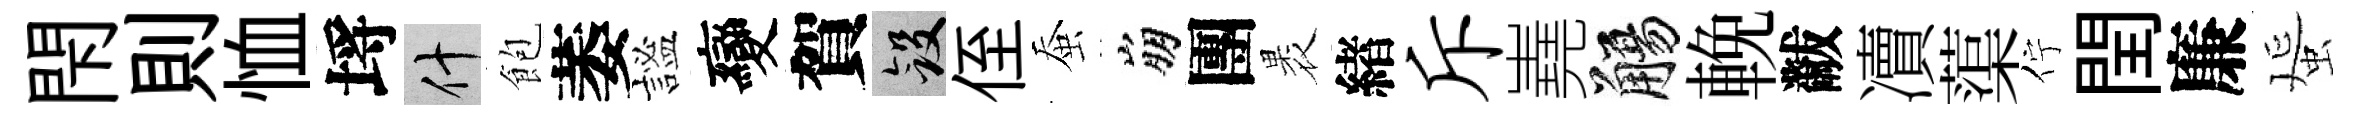
閇則恤埓什飽萎謐變賀斂侄蚕崩團褁緖斥嶤觴輓黻凟蕖佇閏廉蜑